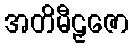
အတိမီဠှဇော